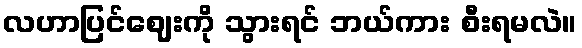
လဟာပြင်ဈေးကို သွားရင် ဘယ်ကား စီးရမလဲ။